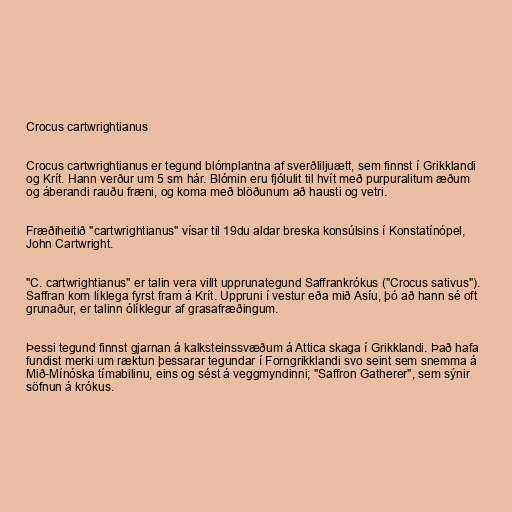
Crocus cartwrightianus

Crocus cartwrightianus er tegund blómplantna af sverðliljuætt, sem finnst í Grikklandi
og Krít. Hann verður um 5 sm hár. Blómin eru fjólulit til hvít með purpuralitum æðum
og áberandi rauðu fræni, og koma með blöðunum að hausti og vetri.

Fræðiheitið "cartwrightianus" vísar til 19du aldar breska konsúlsins í Konstatínópel,
John Cartwright.

"C. cartwrightianus" er talin vera villt upprunategund Saffrankrókus ("Crocus sativus").
Saffran kom líklega fyrst fram á Krít. Uppruni í vestur eða mið Asíu, þó að hann sé oft
grunaður, er talinn ólíklegur af grasafræðingum.

Þessi tegund finnst gjarnan á kalksteinssvæðum á Attica skaga í Grikklandi. Það hafa
fundist merki um ræktun þessarar tegundar í Forngrikklandi svo seint sem snemma á
Mið-Mínóska tímabilinu, eins og sést á veggmyndinni; "Saffron Gatherer", sem sýnir
söfnun á krókus.